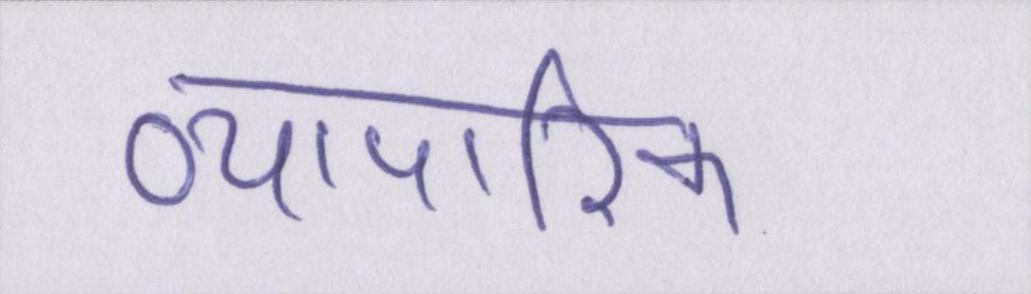
व्यापारिक